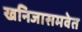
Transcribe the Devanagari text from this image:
खनिजासमवेत